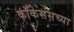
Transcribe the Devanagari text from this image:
कॉकेससच्या